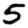
Digit: 5